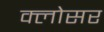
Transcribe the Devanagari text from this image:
क्लोसर